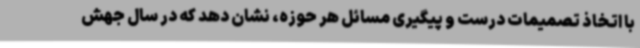
با اتخاذ تصمیمات درست و پیگیری مسائل هر حوزه، نشان دهد که در سال جهش